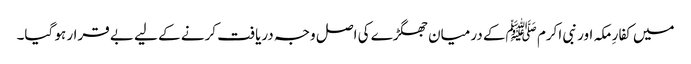
میں کفارِ مکہ اور نبی اکرم ﷺکے درمیان جھگڑے کی اصل وجہ دریافت کرنے کے لیے بے قرار ہو گیا۔